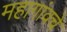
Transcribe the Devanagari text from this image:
महागांवचे